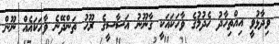
ވިދާޅުވީ އިއްތިހާދު ހެދުމުގެ ވާހަކައަކީ ގާނޫނު އަސާސީގެ ރޫހު ތަންދޭނެ ވާހަކައެއް ނޫން